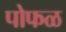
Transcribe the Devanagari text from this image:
पोफळ